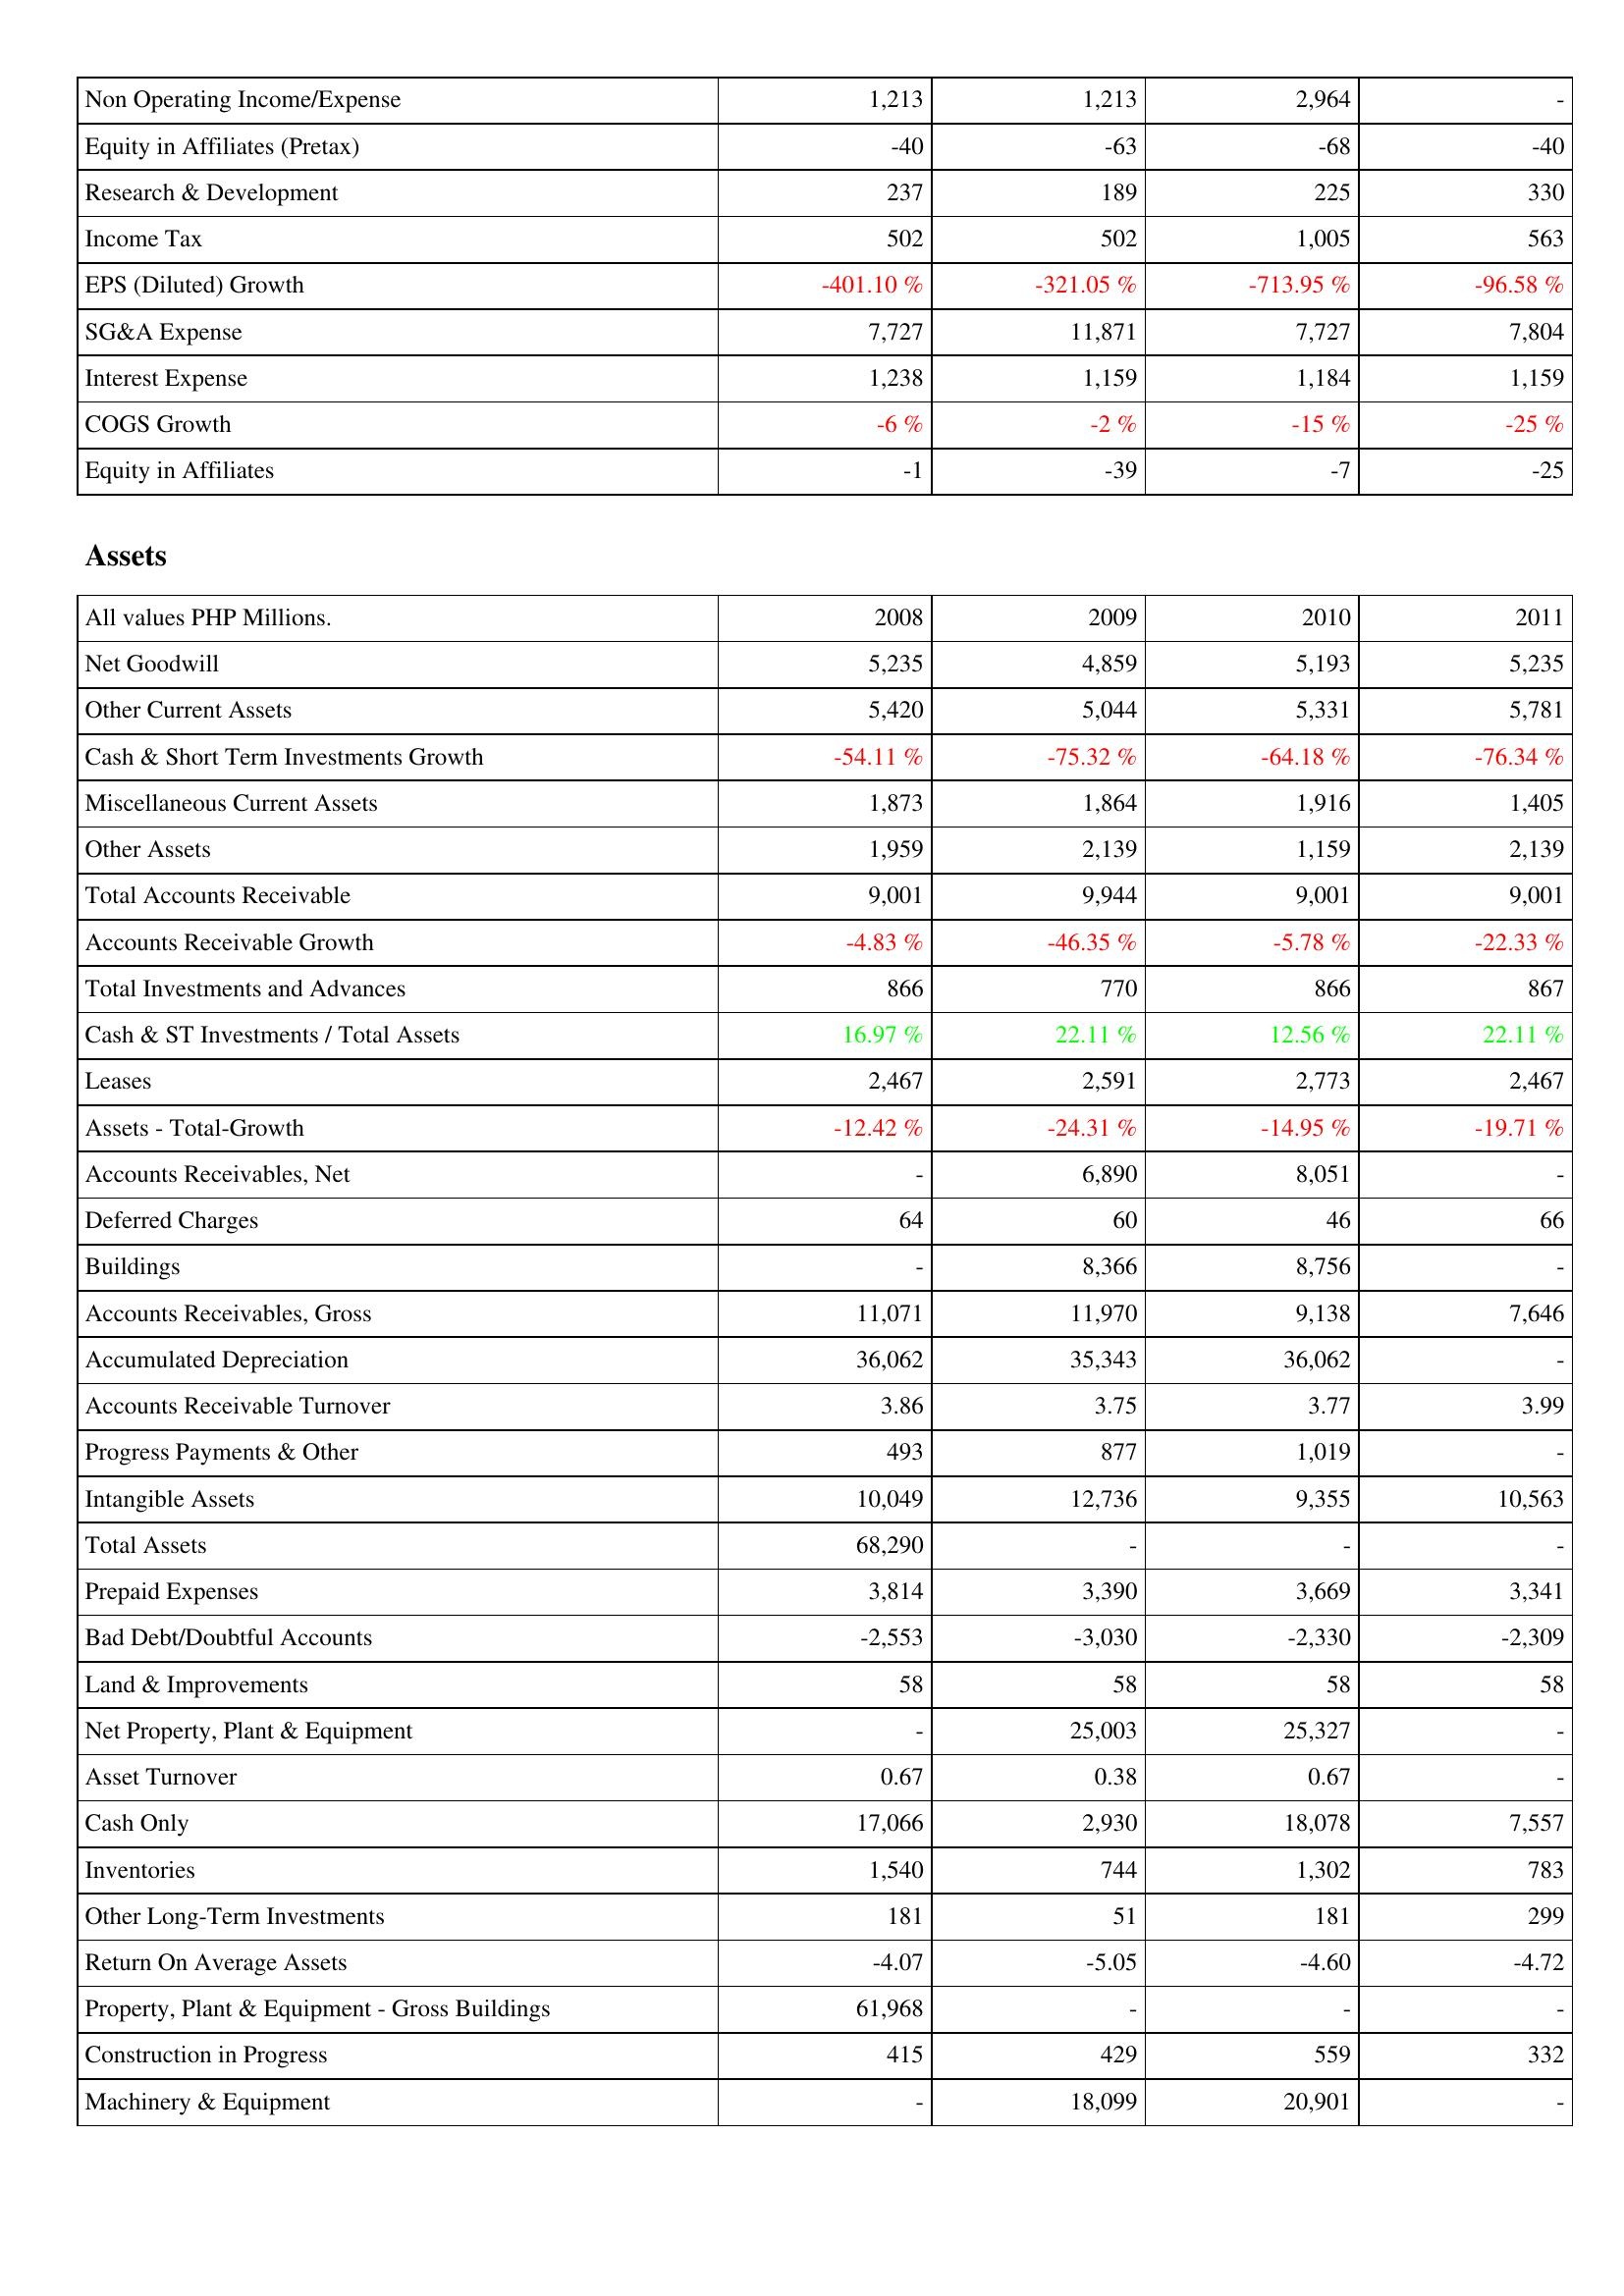
2008: Income Statement: Non Operating Income/Expense: 1,213
Equity in Affiliates (Pretax): -40
Research & Development: 237
Income Tax: 502
EPS (Diluted) Growth: -401.10 %
SG&A Expense: 7,727
Interest Expense: 1,238
COGS Growth: -6 %
Equity in Affiliates: -1
Assets: Net Goodwill: 5,235
Other Current Assets: 5,420
Cash & Short Term Investments Growth: -54.11 %
Miscellaneous Current Assets: 1,873
Other Assets: 1,959
Total Accounts Receivable: 9,001
Accounts Receivable Growth: -4.83 %
Total Investments and Advances: 866
Cash & ST Investments / Total Assets: 16.97 %
Leases: 2,467
Assets - Total-Growth: -12.42 %
Accounts Receivables, Net: -
Deferred Charges: 64
Buildings: -
Accounts Receivables, Gross: 11,071
Accumulated Depreciation: 36,062
Accounts Receivable Turnover: 3.86
Progress Payments & Other: 493
Intangible Assets: 10,049
Total Assets: 68,290
Prepaid Expenses: 3,814
Bad Debt/Doubtful Accounts: -2,553
Land & Improvements: 58
Net Property, Plant & Equipment: -
Asset Turnover: 0.67
Cash Only: 17,066
Inventories: 1,540
Other Long-Term Investments: 181
Return On Average Assets: -4.07
Property, Plant & Equipment - Gross Buildings: 61,968
Construction in Progress: 415
Machinery & Equipment: -
2009: Income Statement: Non Operating Income/Expense: 1,213
Equity in Affiliates (Pretax): -63
Research & Development: 189
Income Tax: 502
EPS (Diluted) Growth: -321.05 %
SG&A Expense: 11,871
Interest Expense: 1,159
COGS Growth: -2 %
Equity in Affiliates: -39
Assets: Net Goodwill: 4,859
Other Current Assets: 5,044
Cash & Short Term Investments Growth: -75.32 %
Miscellaneous Current Assets: 1,864
Other Assets: 2,139
Total Accounts Receivable: 9,944
Accounts Receivable Growth: -46.35 %
Total Investments and Advances: 770
Cash & ST Investments / Total Assets: 22.11 %
Leases: 2,591
Assets - Total-Growth: -24.31 %
Accounts Receivables, Net: 6,890
Deferred Charges: 60
Buildings: 8,366
Accounts Receivables, Gross: 11,970
Accumulated Depreciation: 35,343
Accounts Receivable Turnover: 3.75
Progress Payments & Other: 877
Intangible Assets: 12,736
Total Assets: -
Prepaid Expenses: 3,390
Bad Debt/Doubtful Accounts: -3,030
Land & Improvements: 58
Net Property, Plant & Equipment: 25,003
Asset Turnover: 0.38
Cash Only: 2,930
Inventories: 744
Other Long-Term Investments: 51
Return On Average Assets: -5.05
Property, Plant & Equipment - Gross Buildings: -
Construction in Progress: 429
Machinery & Equipment: 18,099
2010: Income Statement: Non Operating Income/Expense: 2,964
Equity in Affiliates (Pretax): -68
Research & Development: 225
Income Tax: 1,005
EPS (Diluted) Growth: -713.95 %
SG&A Expense: 7,727
Interest Expense: 1,184
COGS Growth: -15 %
Equity in Affiliates: -7
Assets: Net Goodwill: 5,193
Other Current Assets: 5,331
Cash & Short Term Investments Growth: -64.18 %
Miscellaneous Current Assets: 1,916
Other Assets: 1,159
Total Accounts Receivable: 9,001
Accounts Receivable Growth: -5.78 %
Total Investments and Advances: 866
Cash & ST Investments / Total Assets: 12.56 %
Leases: 2,773
Assets - Total-Growth: -14.95 %
Accounts Receivables, Net: 8,051
Deferred Charges: 46
Buildings: 8,756
Accounts Receivables, Gross: 9,138
Accumulated Depreciation: 36,062
Accounts Receivable Turnover: 3.77
Progress Payments & Other: 1,019
Intangible Assets: 9,355
Total Assets: -
Prepaid Expenses: 3,669
Bad Debt/Doubtful Accounts: -2,330
Land & Improvements: 58
Net Property, Plant & Equipment: 25,327
Asset Turnover: 0.67
Cash Only: 18,078
Inventories: 1,302
Other Long-Term Investments: 181
Return On Average Assets: -4.60
Property, Plant & Equipment - Gross Buildings: -
Construction in Progress: 559
Machinery & Equipment: 20,901
2011: Income Statement: Non Operating Income/Expense: -
Equity in Affiliates (Pretax): -40
Research & Development: 330
Income Tax: 563
EPS (Diluted) Growth: -96.58 %
SG&A Expense: 7,804
Interest Expense: 1,159
COGS Growth: -25 %
Equity in Affiliates: -25
Assets: Net Goodwill: 5,235
Other Current Assets: 5,781
Cash & Short Term Investments Growth: -76.34 %
Miscellaneous Current Assets: 1,405
Other Assets: 2,139
Total Accounts Receivable: 9,001
Accounts Receivable Growth: -22.33 %
Total Investments and Advances: 867
Cash & ST Investments / Total Assets: 22.11 %
Leases: 2,467
Assets - Total-Growth: -19.71 %
Accounts Receivables, Net: -
Deferred Charges: 66
Buildings: -
Accounts Receivables, Gross: 7,646
Accumulated Depreciation: -
Accounts Receivable Turnover: 3.99
Progress Payments & Other: -
Intangible Assets: 10,563
Total Assets: -
Prepaid Expenses: 3,341
Bad Debt/Doubtful Accounts: -2,309
Land & Improvements: 58
Net Property, Plant & Equipment: -
Asset Turnover: -
Cash Only: 7,557
Inventories: 783
Other Long-Term Investments: 299
Return On Average Assets: -4.72
Property, Plant & Equipment - Gross Buildings: -
Construction in Progress: 332
Machinery & Equipment: -